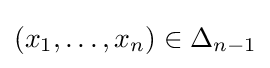
(x_{1},\ldots ,x_{n})\in \Delta _{n-1}